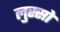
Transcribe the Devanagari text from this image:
लुस्सो